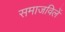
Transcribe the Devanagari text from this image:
समाजविलें